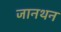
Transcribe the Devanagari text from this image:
जानथन